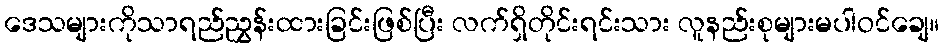
ဒေသများကိုသာရည်ညွှန်းထားခြင်းဖြစ်ပြီး လက်ရှိတိုင်းရင်းသား လူနည်းစုများမပါဝင်ချေ။